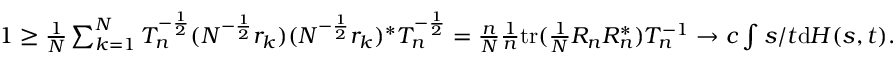
\begin{array} { r } { 1 \geq \frac { 1 } { N } \sum _ { k = 1 } ^ { N } T _ { n } ^ { - \frac { 1 } { 2 } } ( N ^ { - \frac { 1 } { 2 } } r _ { k } ) ( N ^ { - \frac { 1 } { 2 } } r _ { k } ) ^ { * } T _ { n } ^ { - \frac { 1 } { 2 } } = \frac { n } { N } \frac { 1 } { n } \mathrm { t r } ( \frac { 1 } { N } R _ { n } R _ { n } ^ { * } ) T _ { n } ^ { - 1 } \to c \int s / t \mathrm { d } H ( s , t ) . } \end{array}